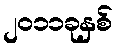
၂၀၁၁ခုနှစ်